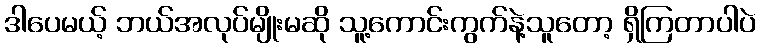
ဒါပေမယ့် ဘယ်အလုပ်မျိုးမဆို သူ့ကောင်းကွက်နဲ့သူတော့ ရှိကြတာပါပဲ